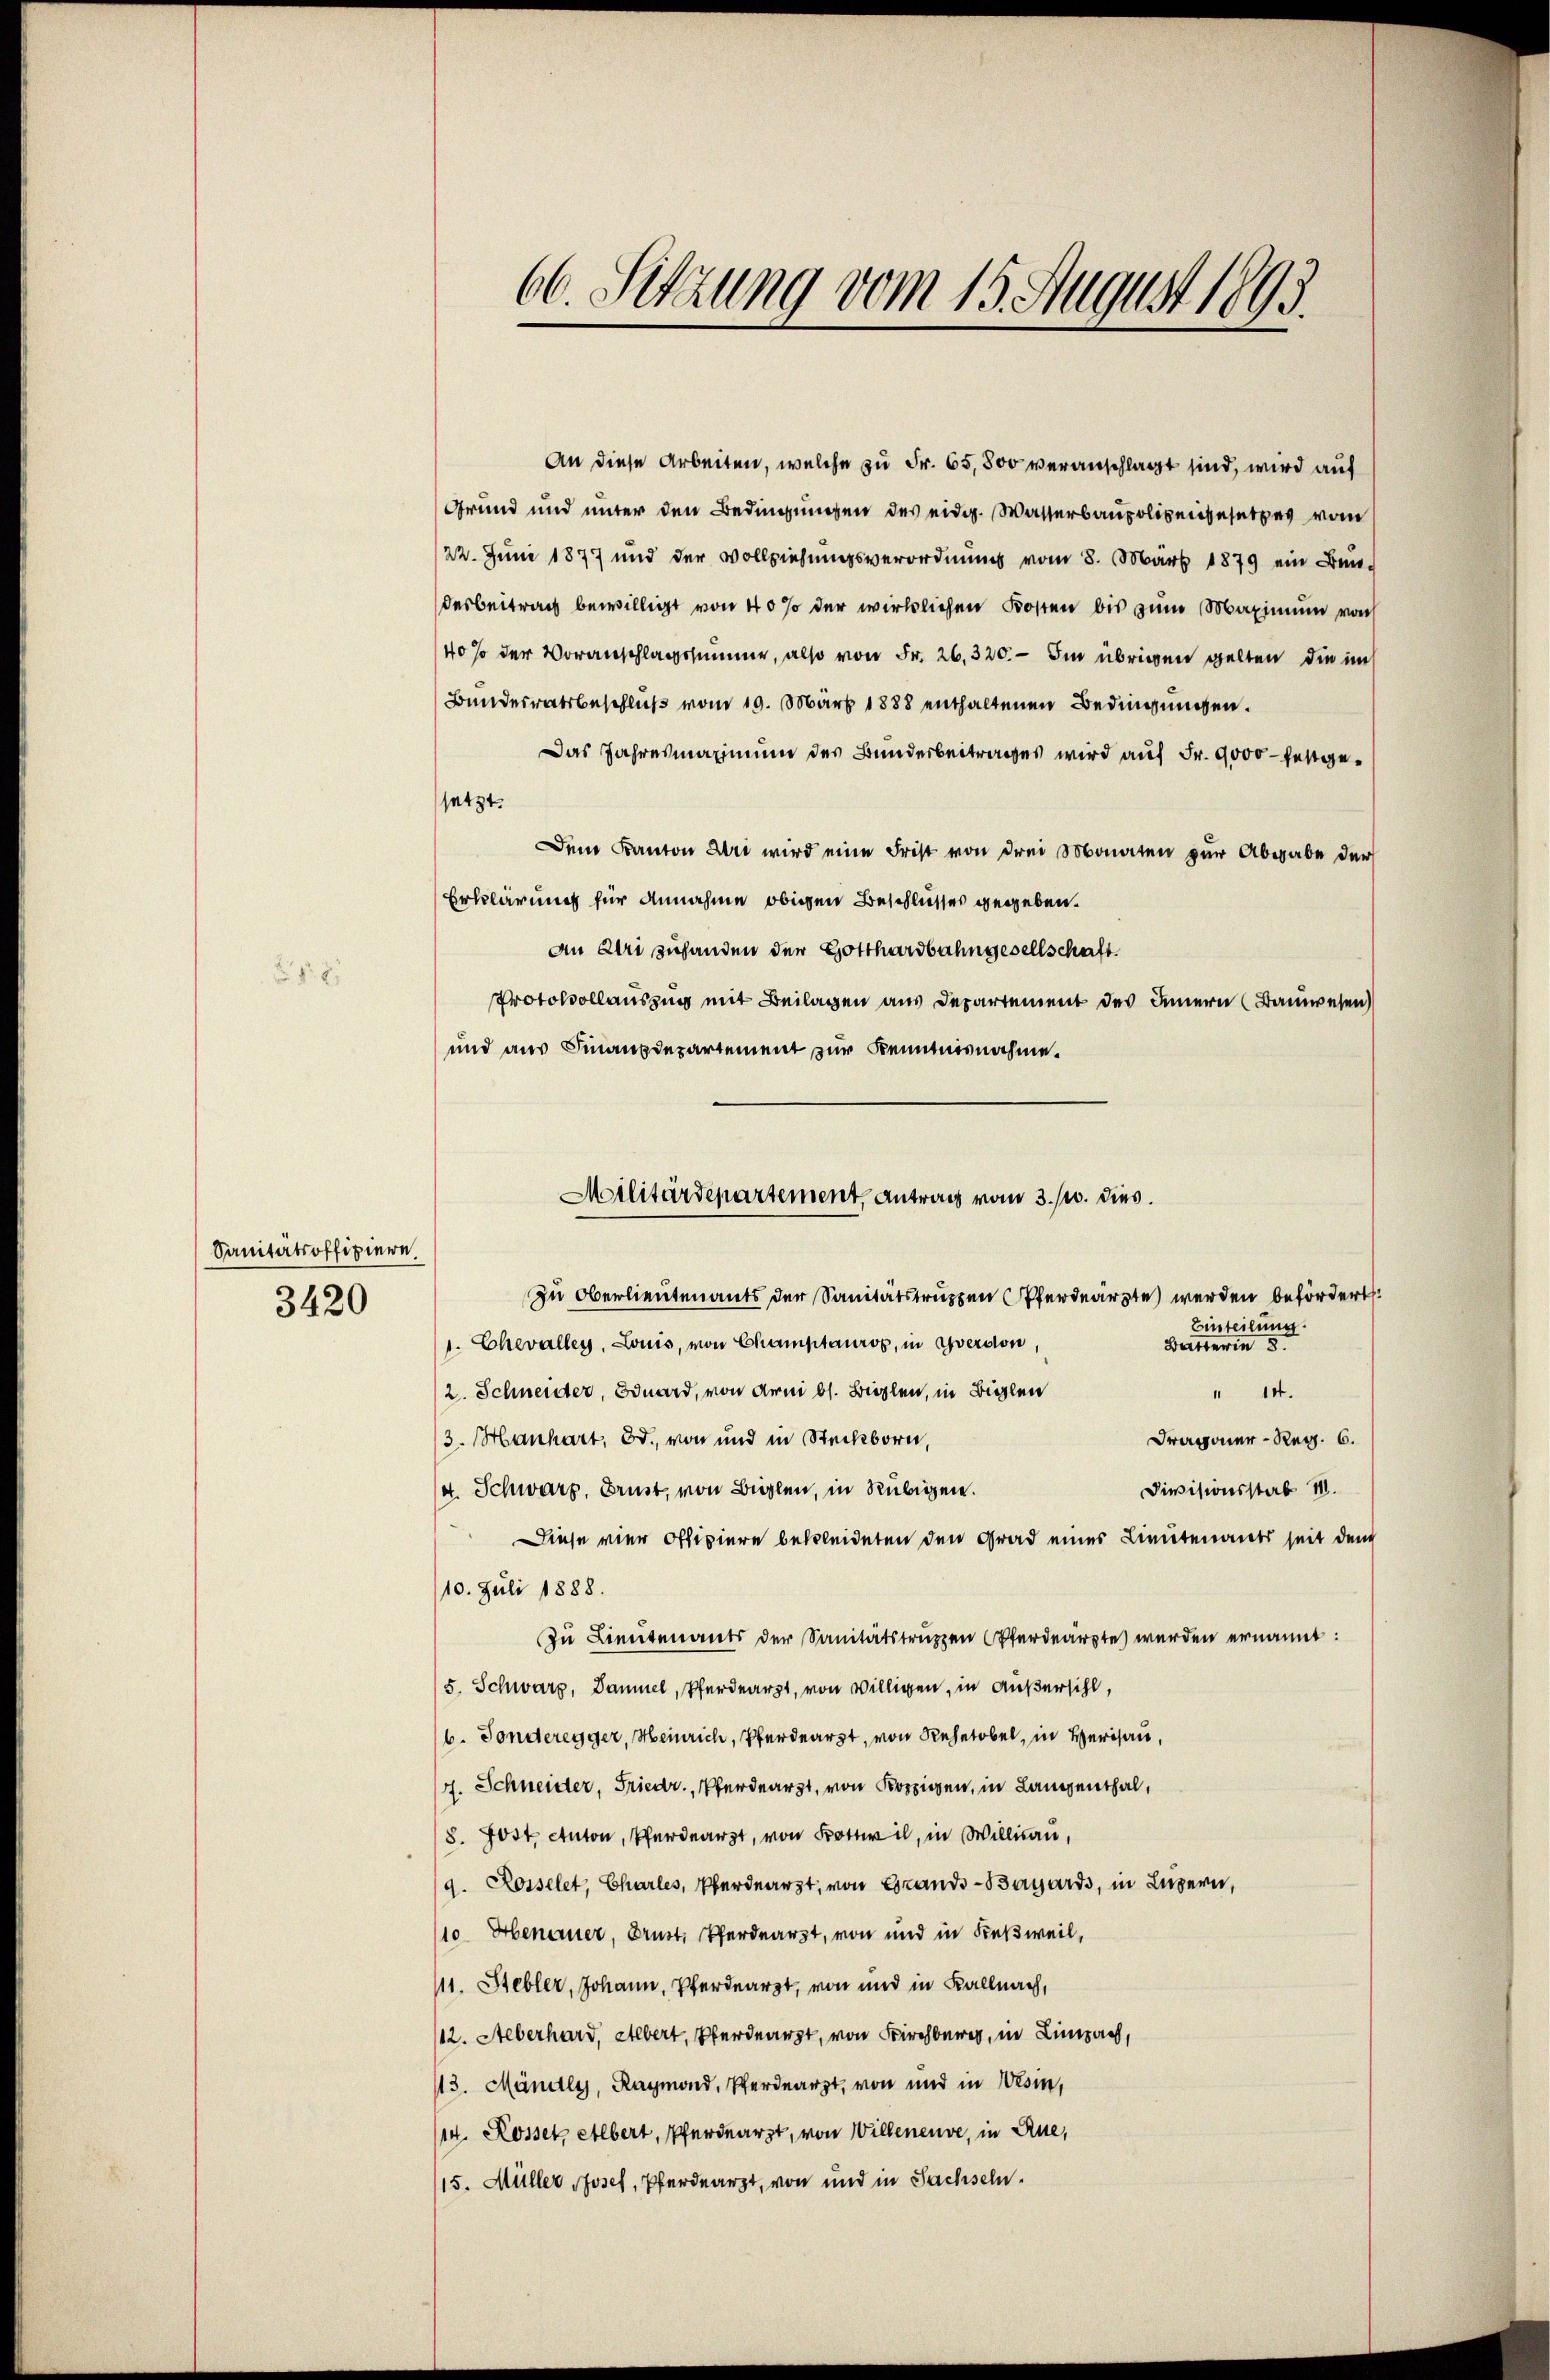
Sanitätsoffiziere.
3420

66. Setzung vom 15. August 1893.

An diese Arbeiten, welche zu Fr. 65,800 veranschlagt sind, wird auf
Grund und unter den Bedingungen des eidg. Wasserbaupolizengesetzes vom
22. Juni 1877 und der Vollziehungsverordnung vom 8. März 1879 ein Bendesbeitrag bewilligt von 40% der wirklichen Kosten bis zum Maximum von
40 so der Voranschlagssumme, also von Fr. 26,320.- Im übrigen gelten, die im
Bundesratsbeschluß vom 19. März 1888 enthaltenen Bedingungen.
Das Jahresmaximum des Bunderbeitrages wird auf Fr. 9000 festgesetzt.
Dem Kanton Uri wird eine Frist von drei Monaten zur Abgabe der
Erklärung für Annahme obigen Beschlusses gegeben.
An Uri zuhanden der Gotthardbahngesellschaft
Protokollauszug mit Beilagen aus Departement des Innern (Bauwesen
und aus Finanzdepartement zur Kenntnisnahme.
Einteilung.
1. Chevalley, Louis, von Champtauros, in Yverdon
Bertenwin 5.
2. Schneider, duard, von drei bl. Bielen, in Bielen
" 14.
3. Manhart, 30. von und in Steckborn
Dragoner-Reg. 6.
4. Schwarz, Brust, von Bielen, in Rubigen.
Divisionsstab 1.
Diese vier Offiziere bekleideten den Grad eines Lieutenants seit den
10. Juli 1888.
Zu Lieutenants der Sanitätstruppen (Pferdearzte werden ernannt:
(5. Schwarz, Dammel, Pferdearzt, von willigen, in Außersihl,
6. Fonderegger, Heinrich, Pferdert, von Rhein Her
of. Schneider, Friedr., Werdearzt, von Kopien, in Langenthal,
8. 703, Anton, Pferdearzt, von Fr, in Willnau,
9. Rosselet, Charles, Pferdearzt, von Grands-Bayards, in Luzern,
110 Abenauer, Brust, Pferd, von und in Fußweil,
111. Hebler, Johann, Pferdearzt, von und in Kalnach,
112. Aeberhard, Albert, Verarzt, von Fr, in Lina,
113. Mändly, Raymond, Pferdearzt, von und in Wesen,
/14. Rosser Elbert, Pferdearzt, von Willeneuve, in Aue,
(15. Müller Josef, Pferdearzt, von und in Sachseln.

Militärdepartement, Antrag vom 3. w. dies
Zu Oberlieutenants der Sanitätstruppen (Pferdearzte werden befördert.